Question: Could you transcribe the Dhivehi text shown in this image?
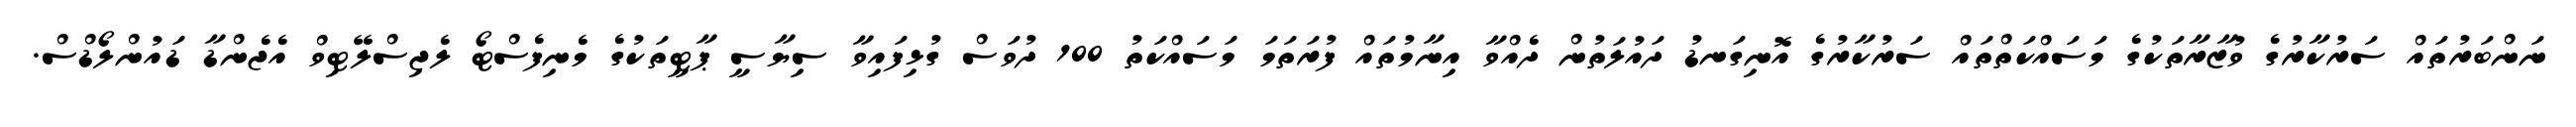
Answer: ނަންބަރުތައް ސަރުކާރުގެ ވުޒާރާތަކުގެ މަސައްކަތްތައް ސަރުކާރުގެ އޮނިގަނޑު ދައުލަތުން ދެއްވާ އިނާމުތައް ފުރަތަމަ މަސައްކަތު 100 ދުވަސް ގުޅިފައިވާ ސިޔާސީ ޕާޓީތަކުގެ މެނިފެސްޓޯ ލެޖިސްލޭޓިވް އެޖެންޑާ ޑައުންލޯޑްސް.